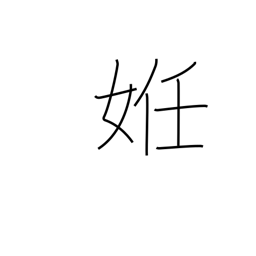
Meaning: be(come) pregnant